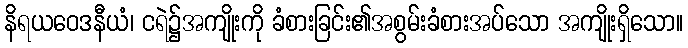
နိရယဝေဒနီယံ၊ ငရဲ၌အကျိုးကို ခံစားခြင်း၏အစွမ်းခံစားအပ်သော အကျိုးရှိသော။